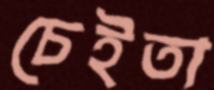
চেইতা